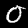
Label: 0